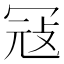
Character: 冦